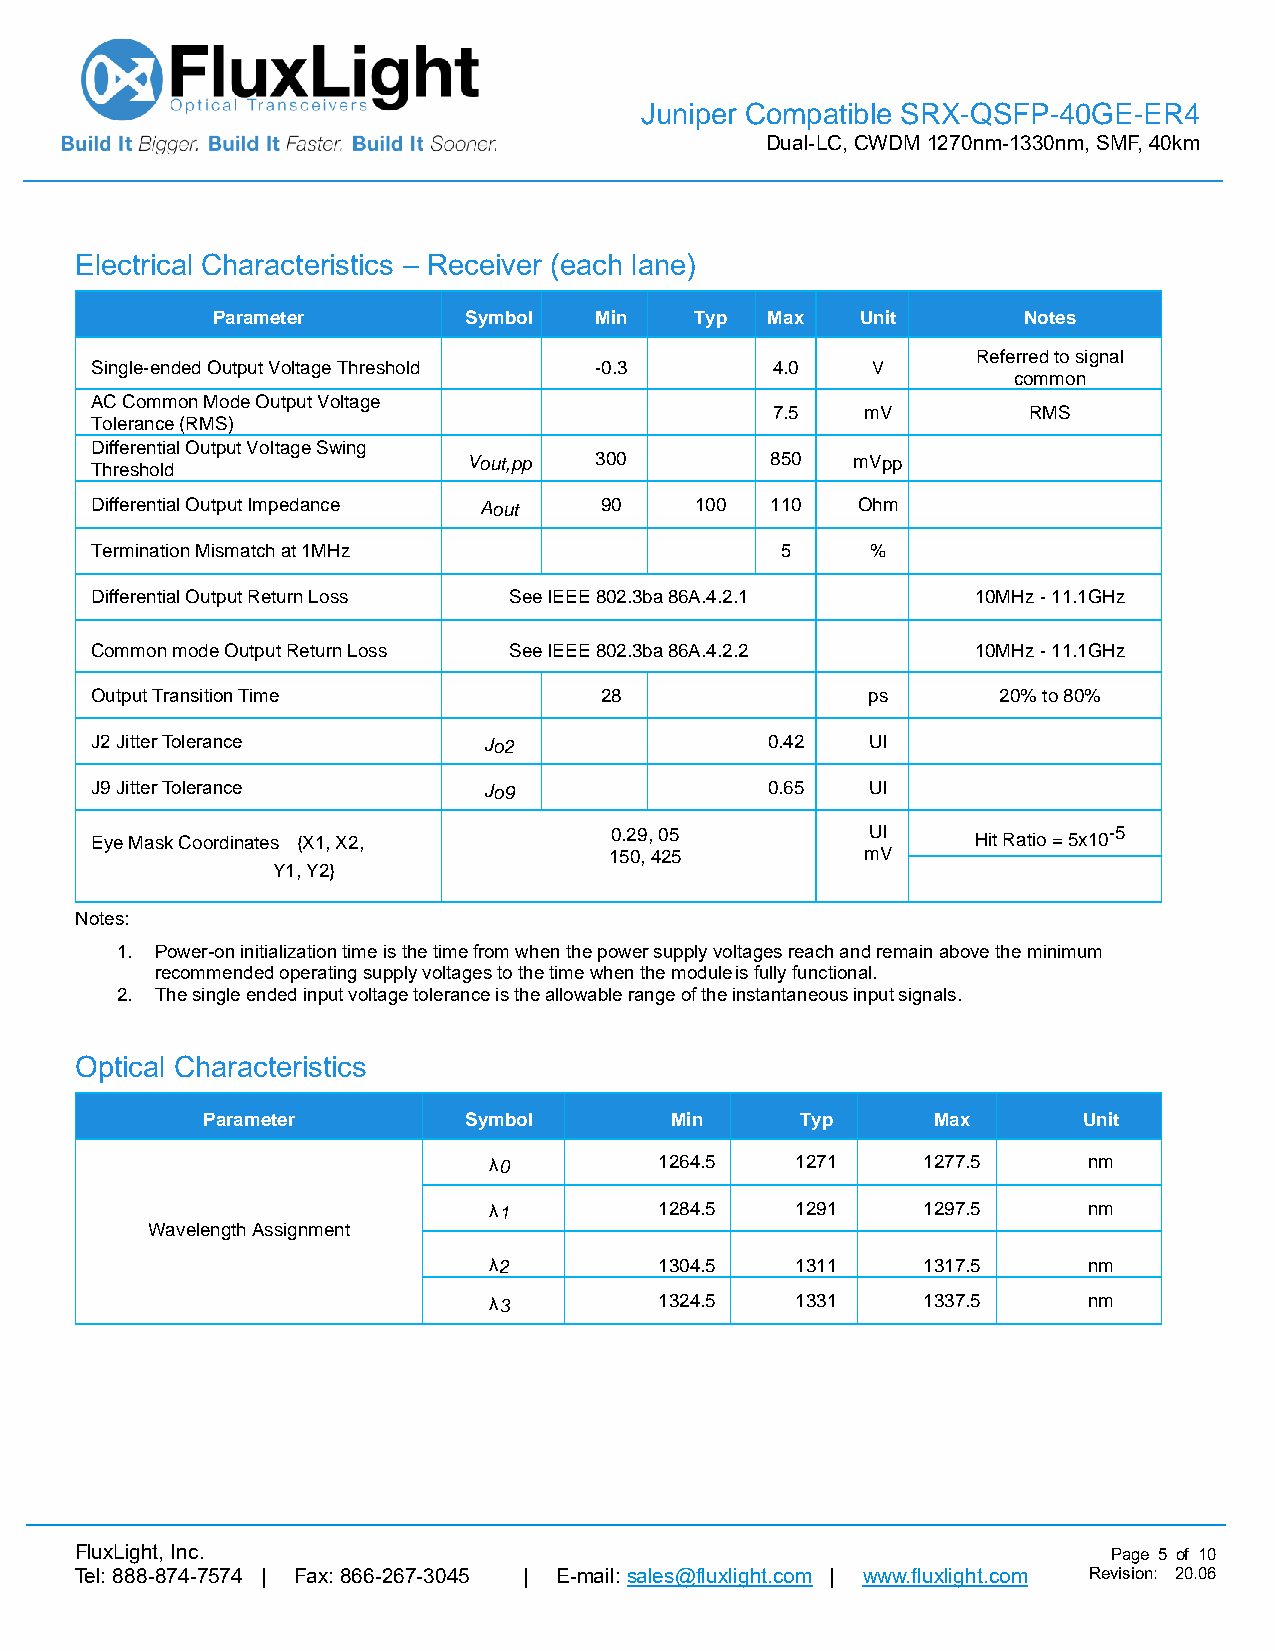
Juniper Compatible SRX-QSFP-40GE-ER4
 Dual-LC, CWDM 1270nm-1330nm, SMF, 40km
 Electrical Characteristics – Receiver (each lane)
 Parameter        Symbol  Min    Typ  Max   Unit       Notes
 Referred to signal
 Single-ended Output Voltage Threshold -0.3   4.0    V
 common
 AC Common Mode Output Voltage
 7.5   mV         RMS
 Tolerance (RMS)
 Differential Output Voltage Swing
 Threshold
 Vout,pp 300         850   mVpp
 Differential Output Impedance Aout 90   100  110   Ohm
 Termination Mismatch at 1MHz                  5     %
 d
 Differential Output Return Loss See IEEE 802.3ba 86A.4.2.1 10MHz - 11.1GHz
 B
 d
 Common mode Output Return Loss See IEEE 802.3ba 86A.4.2.2  10MHz - 11.1GHz
 B
 Output Transition Time            28               ps       20% to 80%
 J2 Jitter Tolerance       Jo2                0.42   UI
 J9 Jitter Tolerance       Jo9                0.65   UI
 Eye Mask Coordinates {X1, X2,     0.29, 05          UI     Hit Ratio = 5x10-5
 150, 425         mV
 Y1, Y2}
 Notes:
 1. Power-on initialization time is the time from when the power supply voltages reach and remain above the minimum
 recommended operating supply voltages to the time when the module is fully functional.
 2. The single ended input voltage tolerance is the allowable range of the instantaneous input signals.
 Optical Characteristics
 Parameter         Symbol       Min      Typ      Max       Unit
 λ0          1264.5   1271    1277.5     nm
 λ1          1284.5   1291    1297.5     nm
 Wavelength Assignment
 λ2          1304.5   1311    1317.5     nm
 λ3          1324.5   1331    1337.5     nm
 FluxLight, Inc.                                                      Page 5 of 10
 Tel: 888-874-7574 | Fax: 866-267-3045 | E-mail: sales@fluxlight.com | www.fluxlight.com Revision: 20.06